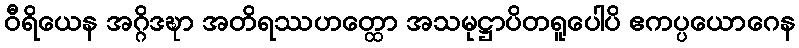
ဝီရိယေန အဂ္ဂိဒဍ္ဎာ အတိရဿဟတ္ထော အသမုဋ္ဌာပိတရူပေါပိ ဧကပ္ပယောဂေန